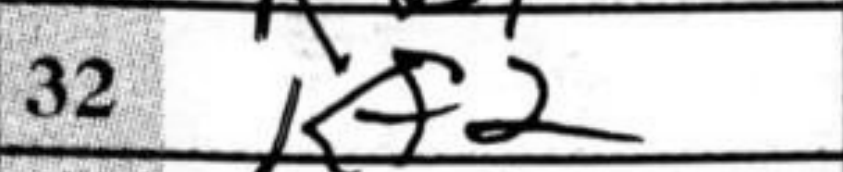
Transcription: Kf2